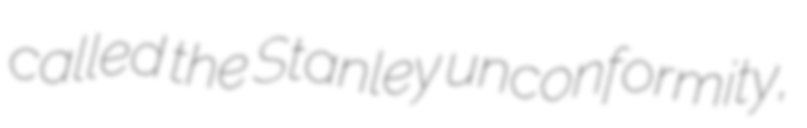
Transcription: called the Stanley unconformity,